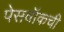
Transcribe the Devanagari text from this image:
पेसवॉकची